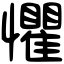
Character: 懼